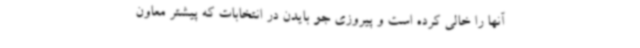
آنها را خالی کرده است و پیروزی جو بایدن در انتخابات که پیشتر معاون